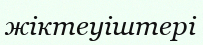
жіктеуіштері